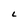
Character: L